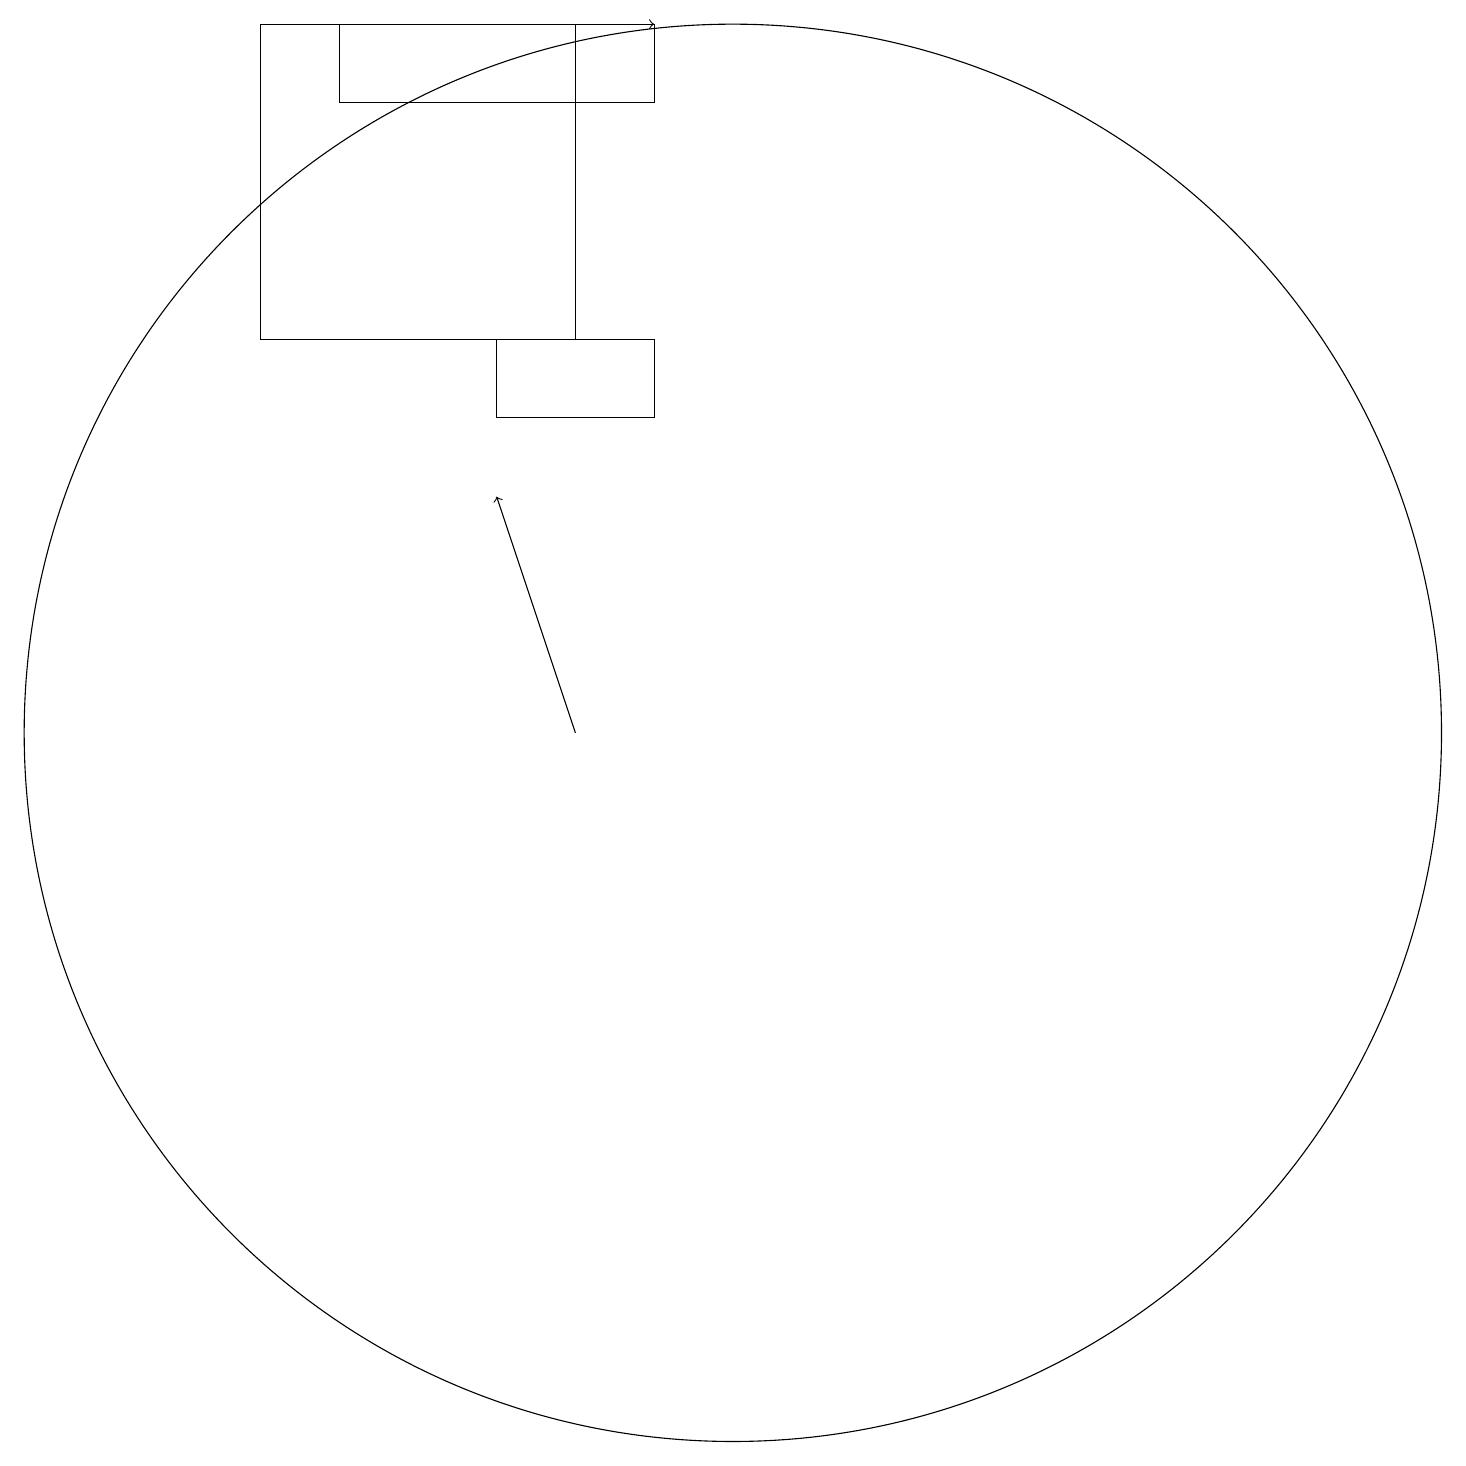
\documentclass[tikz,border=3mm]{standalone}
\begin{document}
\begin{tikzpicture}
\draw[->] (8,10) -- (7,13);
\draw (5,18) rectangle (9,19);
\draw[->] (4,19) -- (9,19);
\draw (10,10) circle (9);
\draw (7,14) rectangle (9,15);
\draw (4,15) rectangle (8,19);
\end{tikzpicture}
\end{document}